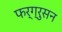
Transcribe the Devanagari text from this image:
फर्ग्रुसन